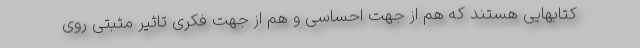
کتابهایی هستند که هم از جهت احساسی و هم از جهت فکری تاثیر مثبتی روی